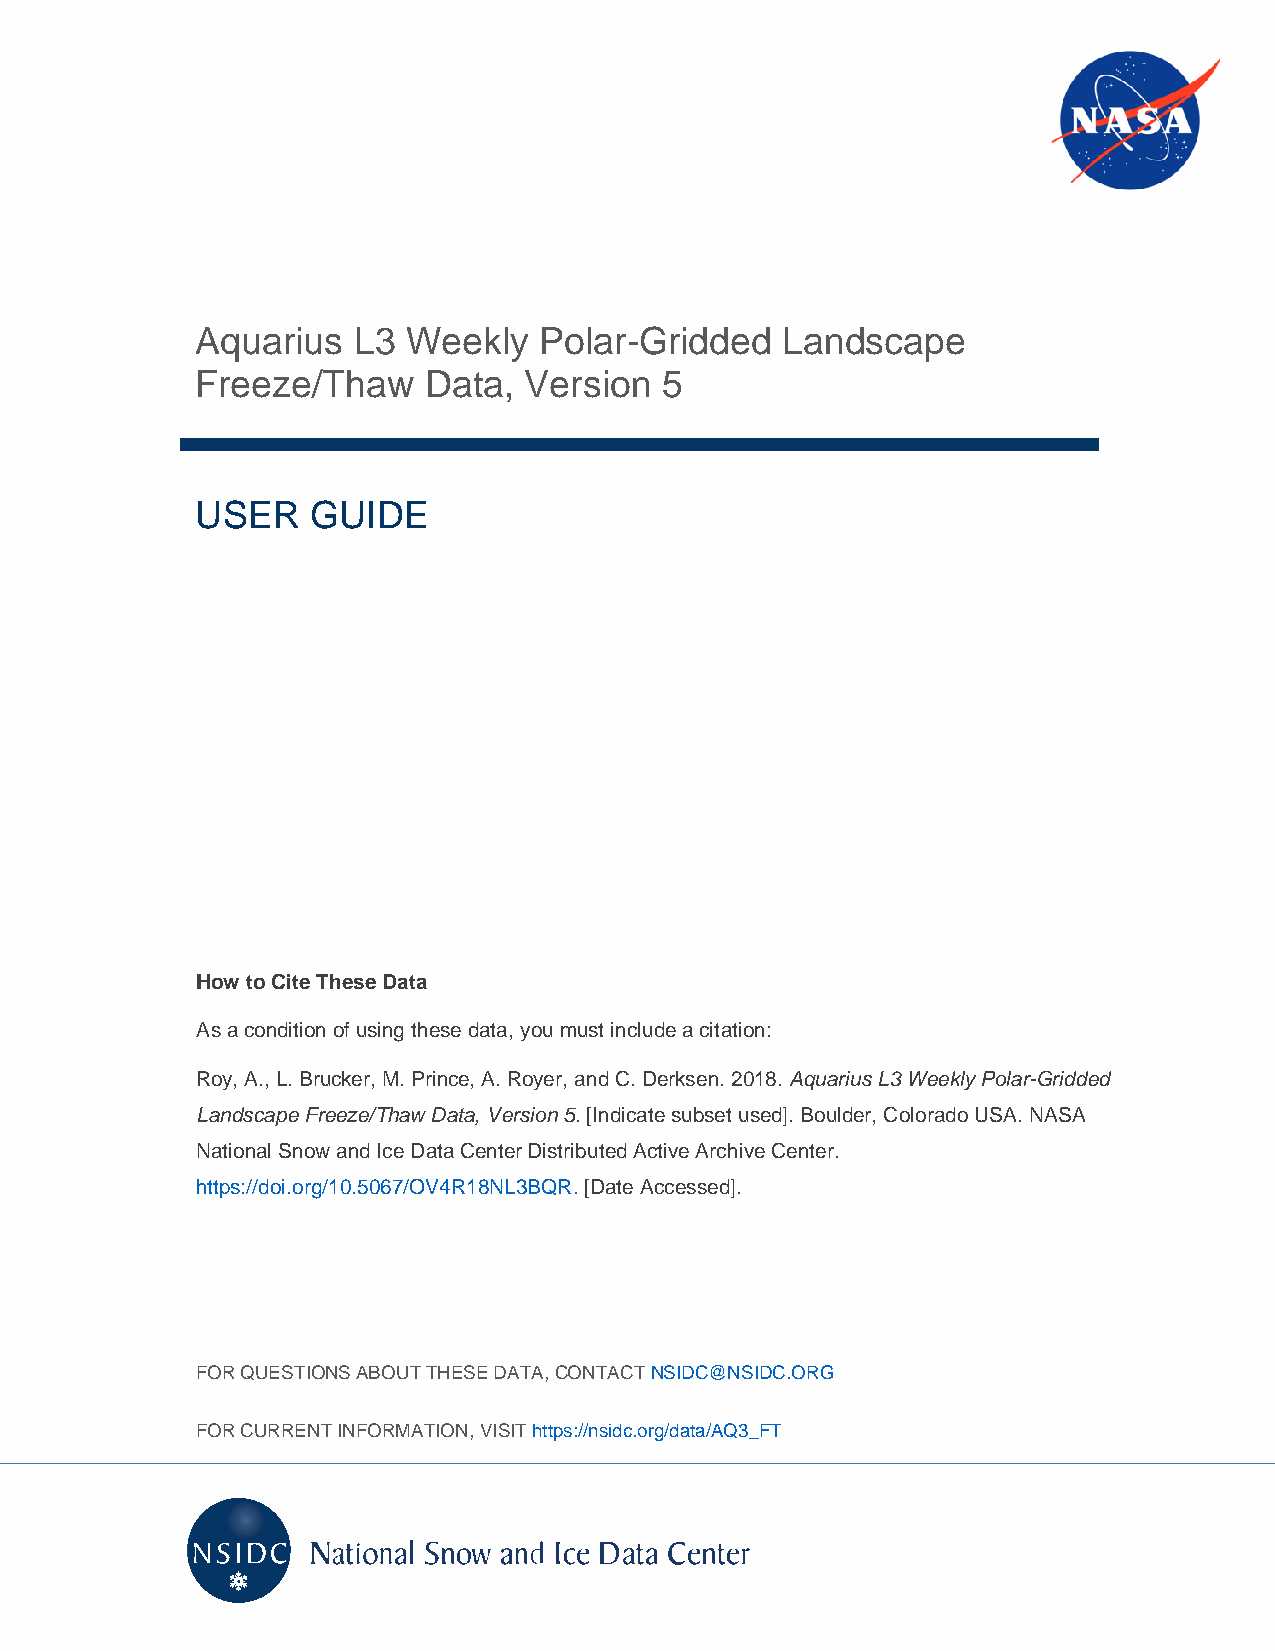
Aquarius  L3  Weekly   Polar-Gridded   Landscape
 Freeze/Thaw    Data,  Version  5
 USER    GUIDE
 How to Cite These Data
 As a condition of using these data, you must include a citation:
 Roy, A., L. Brucker, M. Prince, A. Royer, and C. Derksen. 2018. Aquarius L3 Weekly Polar-Gridded
 Landscape Freeze/Thaw Data, Version 5. [Indicate subset used]. Boulder, Colorado USA. NASA
 National Snow and Ice Data Center Distributed Active Archive Center.
 https://doi.org/10.5067/OV4R18NL3BQR. [Date Accessed].
 FOR QUESTIONS ABOUT THESE DATA, CONTACT NSIDC@NSIDC.ORG
 FOR CURRENT INFORMATION, VISIT https://nsidc.org/data/AQ3_FT